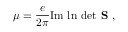
\mu = \frac { e } { 2 \pi } \mathrm { I m ~ l n ~ d e t } \textbf { S } ,